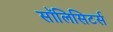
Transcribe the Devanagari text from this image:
सॉलिसिटर्स